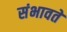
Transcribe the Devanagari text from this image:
संभावते